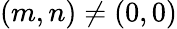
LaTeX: (m,n)\neq(0,0)